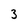
Character: 3